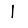
Digit: 1